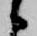
候